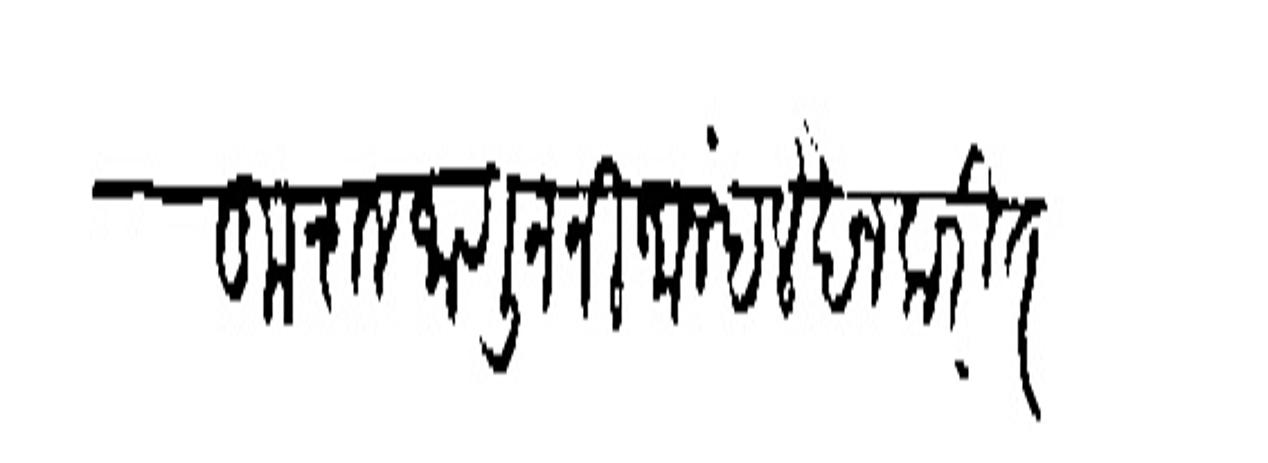
Transliteration (Devanagari): कुशल जाणून निजानंद लेखन करित